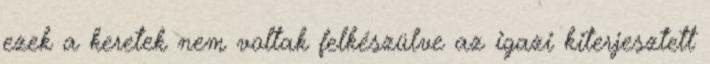
ezek a keretek nem voltak felkészülve az igazi kiterjesztett